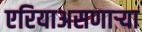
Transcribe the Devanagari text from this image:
एरियाअसणार्‍या